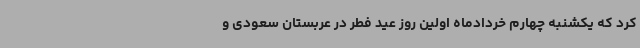
کرد که یکشنبه چهارم خردادماه اولین روز عید فطر در عربستان سعودی و